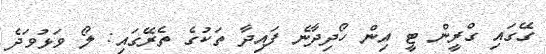
ގޭގައި ގްރީން ޓީ އިން ހޯދިދާނެ ފައިދާ ތަކުގެ ތެރޭގައި: ލޯ ވަޅުވަދެ